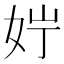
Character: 𪥭